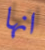
انها